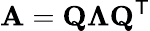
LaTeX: \mathbf{A}=\mathbf{Q}\mathbf{\Lambda}\mathbf{Q}^{\mathsf{T}}